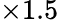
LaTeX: \times 1.5